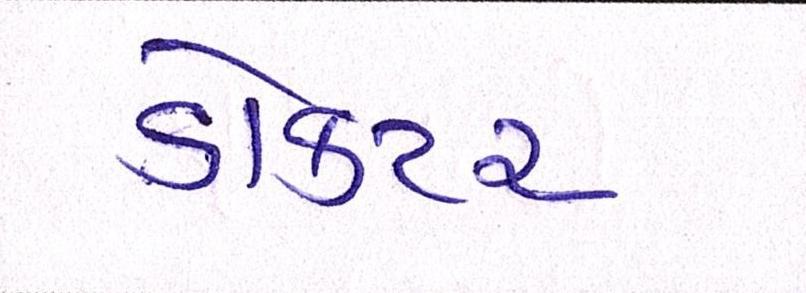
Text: ડૉક્ટર